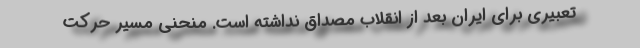
تعبیری برای ایران بعد از انقلاب مصداق نداشته است. منحنی مسیر حرکت